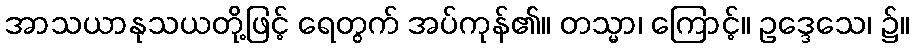
အာသယာနုသယတို့ဖြင့် ရေတွက် အပ်ကုန်၏။ တသ္မာ၊ ကြောင့်။ ဥဒ္ဒေသေ၊ ၌။